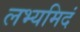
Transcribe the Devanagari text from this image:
लभ्यमिदं